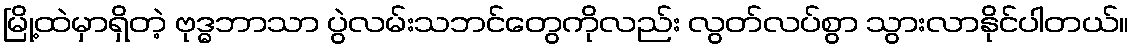
မြို့ထဲမှာရှိတဲ့ ဗုဒ္ဓဘာသာ ပွဲလမ်းသဘင်တွေကိုလည်း လွတ်လပ်စွာ သွားလာနိုင်ပါတယ်။